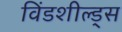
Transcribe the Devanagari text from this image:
विंडशील्ड्स